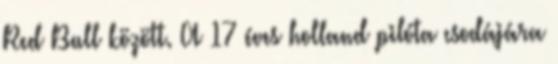
Red Bull között. A 17 éves holland pilóta csodájára